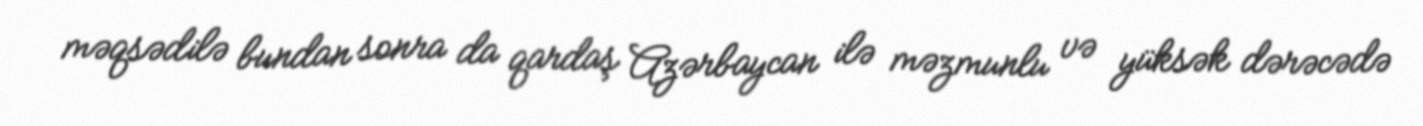
məqsədilə bundan sonra da qardaş Azərbaycan ilə məzmunlu və yüksək dərəcədə